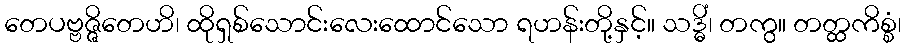
တေပဗ္ဗဇ္ဇိတေဟိ၊ ထိုရှစ်သောင်းလေးထောင်သော ရဟန်းတို့နှင့်။ သဒ္ဓိံ၊ တကွ။ တတ္ထကိစ္စံ၊